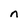
Character: n